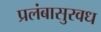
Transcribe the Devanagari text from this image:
प्रलंबासुरवध